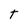
Character: T